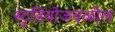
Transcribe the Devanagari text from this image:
स्टुडियोजवळील